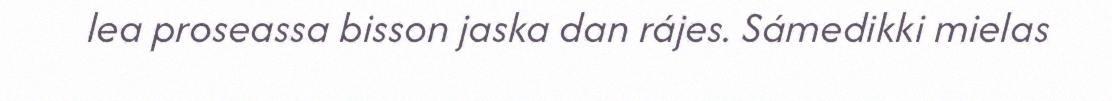
lea proseassa bisson jaska dan rájes. Sámedikki mielas